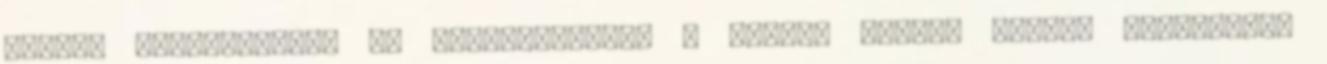
gomba, hagymalekvár és bacon-velouté A habart tojást nyeles forralóban